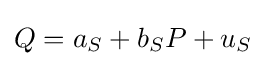
Q=a_{S}+b_{S}P+u_{S}